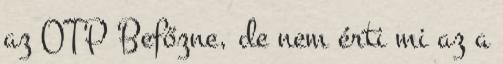
az OTP Befőzne, de nem érti mi az a